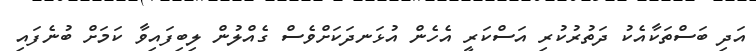
އަދި ބަސްތަކާއެކު ދަތުރުކުރި އަސްކަރީ އެހެން އުޅަނދަކަށްވެސް ގެއްލުން ލިބިފައިވާ ކަމަށް ބުނެފައި